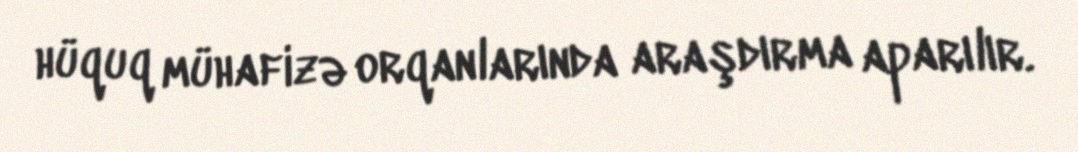
hüquq mühafizə orqanlarında araşdırma aparılır.